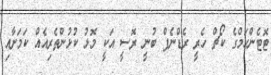
ޓޮޓެންހަމްގެ ކޯޗް ހެރީ ރެޑްނެޕް ބުނީ ރޮސީ އަކީ މޮޅު ކުޅުންތެރިއެއް ކަމަށާއި